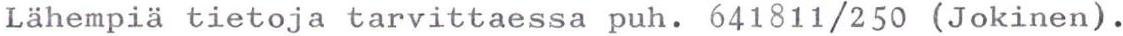
Lähempiä tietoja tarvittaessa puh. 641811/250 (Jokinen).